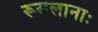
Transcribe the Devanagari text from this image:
रूसलानाः